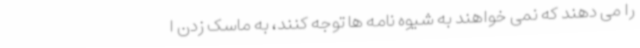
را می دهند که نمی خواهند به شیوه نامه ها توجه کنند، به ماسک زدن ا